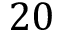
2 0